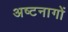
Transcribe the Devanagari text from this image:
अष्टनागों